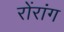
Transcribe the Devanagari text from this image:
रोंरांग